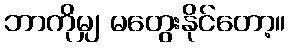
ဘာကိုမျှ မတွေးနိုင်တော့။